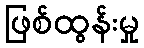
ဖြစ်ထွန်းမှု